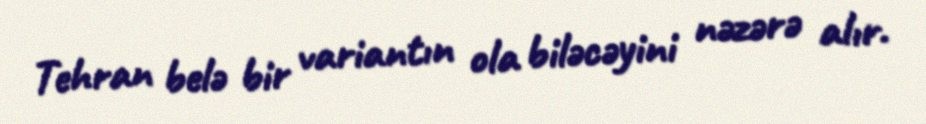
Tehran belə bir variantın ola biləcəyini nəzərə alır.